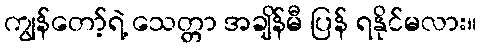
ကျွန်တော့်ရဲ့ သေတ္တာ အချိန်မီ ပြန် ရနိုင်မလား။